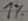
Text: 1%